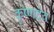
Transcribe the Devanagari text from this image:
कृष्‍णदेव